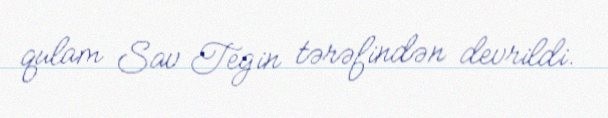
qulam Sav Tegin tərəfindən devrildi.